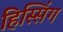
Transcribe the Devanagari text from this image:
हिस्सिंग